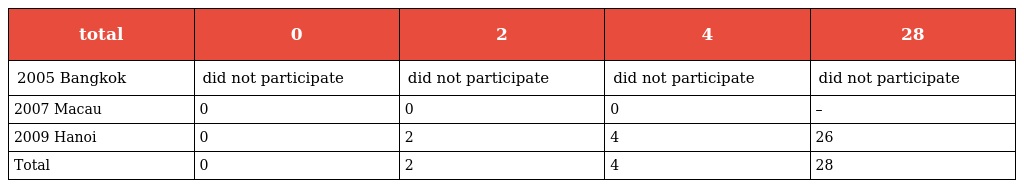
| total | 0 | 2 | 4 | 28 |
 | --- | --- | --- | --- | --- |
 | 2005 Bangkok | did not participate | did not participate | did not participate | did not participate |
 | 2007 Macau | 0 | 0 | 0 | – |
 | 2009 Hanoi | 0 | 2 | 4 | 26 |
 | Total | 0 | 2 | 4 | 28 |